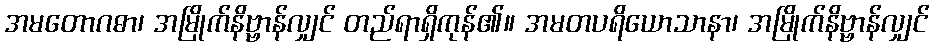
အမတောဂဓာ၊ အမြိုက်နိဗ္ဗာန်လျှင် တည်ရာရှိကုန်၏။ အမတပရိယောသာနာ၊ အမြိုက်နိဗ္ဗာန်လျှင်